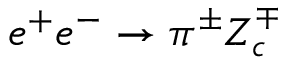
e ^ { + } e ^ { - } \to \pi ^ { \pm } Z _ { c } ^ { \mp }